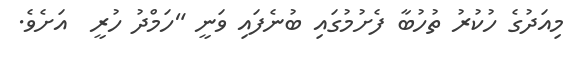
މިއަދުގެ ހުކުރު ތުހުބާ ފެށުމުގައި ބުނެފައި ވަނީ "ހަމްދު ހުރީ  އަށެވެ.